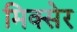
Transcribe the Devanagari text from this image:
मिक्सेर